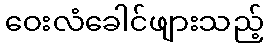
ဝေးလံခေါင်ဖျားသည့်